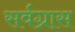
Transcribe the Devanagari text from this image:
सर्वग्रास